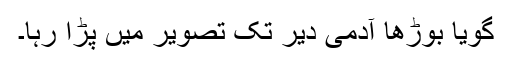
گویا بوڑھا آدمی دیر تک تصویر میں پڑا رہا۔